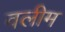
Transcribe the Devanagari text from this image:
वलीम